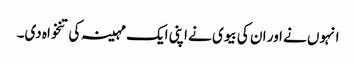
انہوں نے اور ان کی بیوی نے اپنی ایک مہینہ کی تنخواہ دی۔